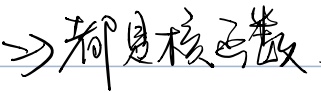
$\Rightarrow$都是核函数